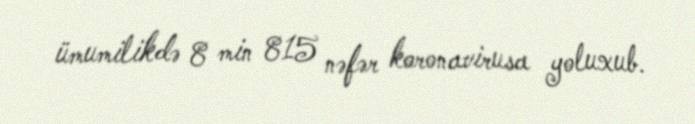
ümumilikdə 8 min 815 nəfər koronavirusa yoluxub.